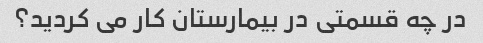
در چه قسمتی در بیمارستان کار می کردید؟